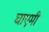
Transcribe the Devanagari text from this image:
घाएमी